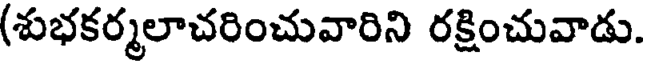
(శుభకర్మలాచరించువారిని రక్షించువాడు.